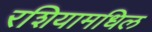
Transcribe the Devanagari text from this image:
रशियामधिल